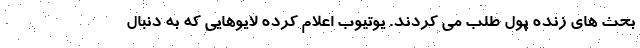
بحث های زنده پول طلب می کردند. یوتیوب اعلام کرده لایوهایی که به دنبال